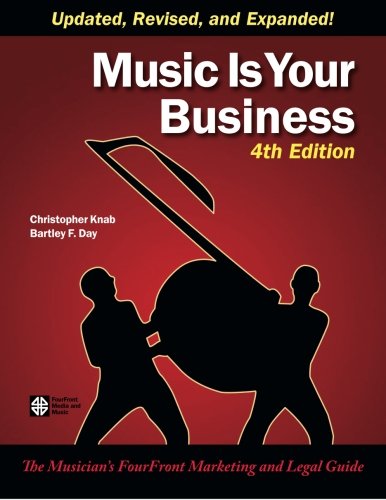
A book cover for Music Is Your Business: The Musician's FourFront Marketing and Legal Guide; Christopher Knab; Law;